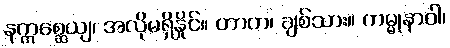
နဣစ္ဆေယျ၊ အလိုမရှိနှိုင်။ တာတ၊ ချစ်သား။ ကမ္မုနာဝါ၊